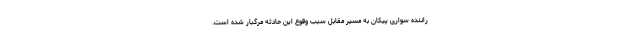
راننده سواری پیکان به مسیر مقابل سبب وقوع این حادثه مرگبار شده است.